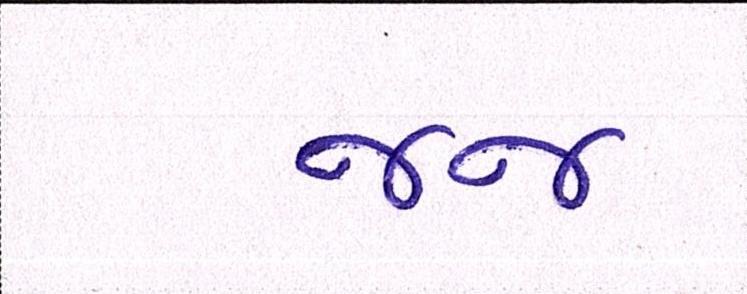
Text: જજ